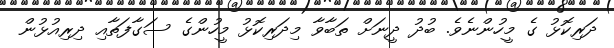
ދަރިކޮޅު ގެ މީހުންނެވެ. ބުދު ދީނަށް ތަބާވާ މިދަރިކޮޅު މީހުންގެ ސަގާފަތާއި ދިރިއުޅުން